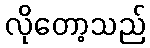
လိုတော့သည်